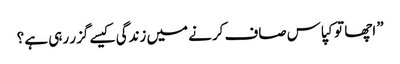
” اچھا تو کپاس صاف کرنے میں زندگی کیسے گزر رہی ہے ؟